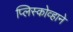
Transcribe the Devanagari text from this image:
प्लिस्कोव्हाने